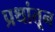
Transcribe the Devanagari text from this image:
प्रथांतून